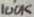
Text: 100K